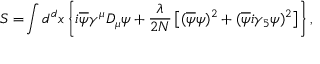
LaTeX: S = \! \int d ^ { d } x \left\{ i \overline { { { \psi } } } \gamma ^ { \mu } D _ { \mu } \psi + { \frac { \lambda } { 2 N } } \left[ ( \overline { { { \psi } } } \psi ) ^ { 2 } + ( \overline { { { \psi } } } i \gamma _ { 5 } \psi ) ^ { 2 } \right] \right\} ,